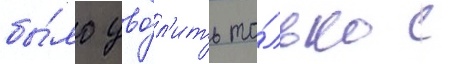
бы́ло уво́л'ить то́лько с